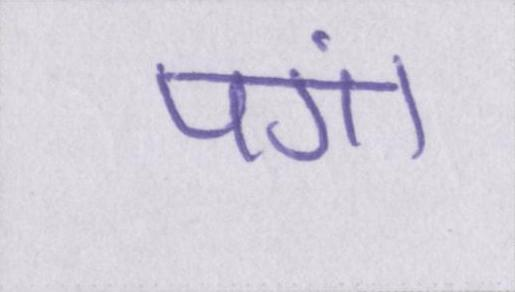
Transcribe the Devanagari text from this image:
पंगा